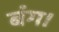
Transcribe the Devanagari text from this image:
बंग।